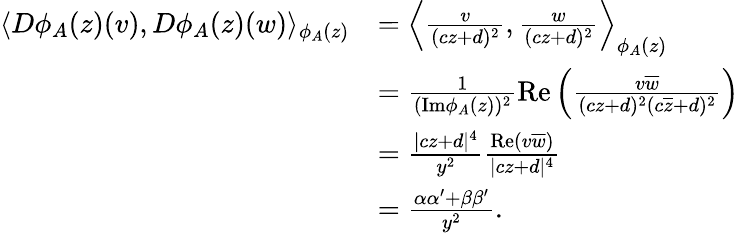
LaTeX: \begin{array}{rl}{\langle D\phi_{A}(z)(v),D\phi_{A}(z)(w)\rangle_{\phi_{A}(z)}}&{=\left\langle\frac{v}{(cz+d)^{2}},\frac{w}{(cz+d)^{2}}\right\rangle_{\phi_{A}(z)}}\\ &{=\frac{1}{(\mathrm{Im}\phi_{A}(z))^{2}}\mathrm{Re}\left(\frac{v\overline{{w}}}{(cz+d)^{2}(c\overline{{z}}+d)^{2}}\right)}\\ &{=\frac{|cz+d|^{4}}{y^{2}}\frac{\mathrm{Re}(v\overline{{w}})}{|cz+d|^{4}}}\\ &{=\frac{\alpha\alpha^{\prime}+\beta\beta^{\prime}}{y^{2}}.}\end{array}